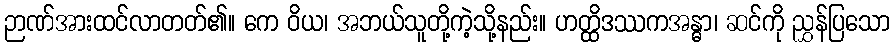
ဉာဏ်အားထင်လာတတ်၏။ ကေ ဝိယ၊ အဘယ်သူတို့ကဲ့သို့နည်း။ ဟတ္ထိဒဿကအန္ဓာ၊ ဆင်ကို ညွှန်ပြသော